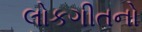
લોકગીતનો